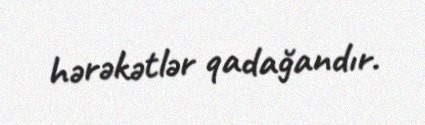
hərəkətlər qadağandır.